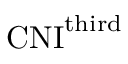
\mathrm { C N I } ^ { \mathrm { t h i r d } }